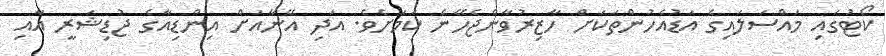
ކޯޓުގައި މައްސަލައިގެ އަޑުއެހުންތަކަށް ހާޒިރުވާންޖެހޭނެ ކަމަށެވެ. އަދި އޭނާއަށް އިންޑިއާގެ ޖުޑިޝަރީ އާއި